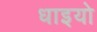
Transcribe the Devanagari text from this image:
धाइयो